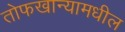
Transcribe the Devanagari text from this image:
तोफखान्यामधील